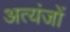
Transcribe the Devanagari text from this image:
अत्यंजों